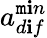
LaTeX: a_{d\mathbf{i}f}^{\mathtt{m}\mathbf{i}n}